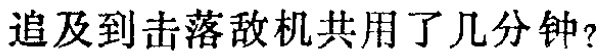
追及到击落敌机共用了几分钟？